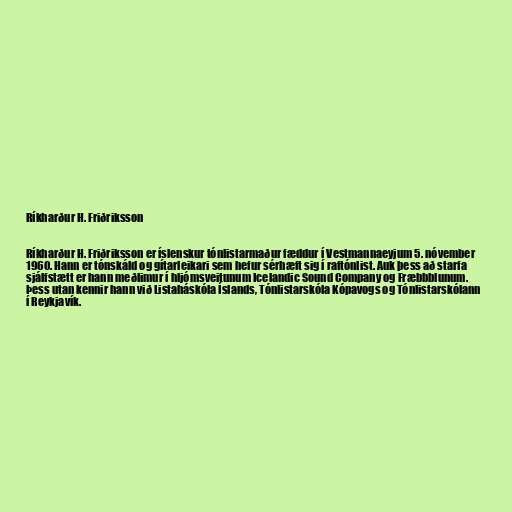
Ríkharður H. Friðriksson

Ríkharður H. Friðriksson er íslenskur tónlistarmaður fæddur í Vestmannaeyjum 5. nóvember
1960. Hann er tónskáld og gítarleikari sem hefur sérhæft sig í raftónlist. Auk þess að starfa
sjálfstætt er hann meðlimur í hljómsveitunum Icelandic Sound Company og Fræbbblunum.
Þess utan kennir hann við Listaháskóla Íslands, Tónlistarskóla Kópavogs og Tónlistarskólann
í Reykjavík.